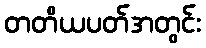
တတိယပတ်အတွင်း